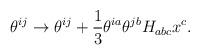
LaTeX: \begin{align*}\theta^{ij} \to \theta^{ij} + {\frac{1}{3}} \theta^{ia} \theta^{jb} H_{abc}x^{c}.\end{align*}